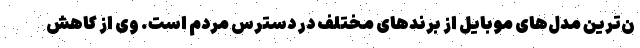
ن‌ترین مدل‌های موبایل از برندهای مختلف در دسترس مردم است. وی از کاهش